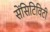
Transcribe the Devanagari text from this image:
सेंसिटिविटी